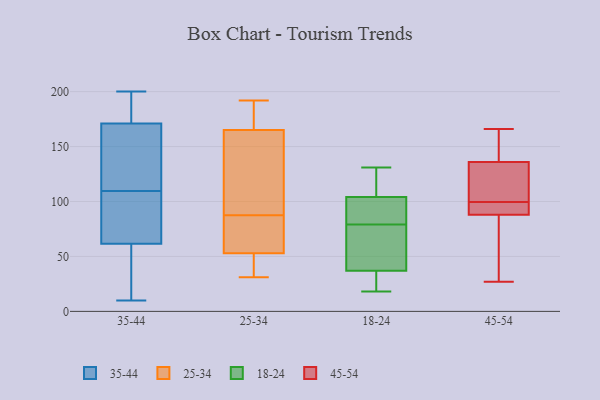
{"axis": {"x": "Churn Rate (%)", "y": "Value"}, "legend": ["18-24", "25-34", "35-44", "45-54"], "data": [{"x": "", "y": 190, "type": "35-44"}, {"x": "", "y": 145, "type": "35-44"}, {"x": "", "y": 89, "type": "35-44"}, {"x": "", "y": 21, "type": "35-44"}, {"x": "", "y": 173, "type": "35-44"}, {"x": "", "y": 169, "type": "35-44"}, {"x": "", "y": 122, "type": "35-44"}, {"x": "", "y": 200, "type": "35-44"}, {"x": "", "y": 23, "type": "35-44"}, {"x": "", "y": 150, "type": "35-44"}, {"x": "", "y": 60, "type": "35-44"}, {"x": "", "y": 15, "type": "35-44"}, {"x": "", "y": 63, "type": "35-44"}, {"x": "", "y": 97, "type": "35-44"}, {"x": "", "y": 183, "type": "35-44"}, {"x": "", "y": 10, "type": "35-44"}, {"x": "", "y": 147, "type": "35-44"}, {"x": "", "y": 187, "type": "35-44"}, {"x": "", "y": 93, "type": "35-44"}, {"x": "", "y": 88, "type": "35-44"}, {"x": "", "y": 165, "type": "25-34"}, {"x": "", "y": 37, "type": "25-34"}, {"x": "", "y": 73, "type": "25-34"}, {"x": "", "y": 69, "type": "25-34"}, {"x": "", "y": 48, "type": "25-34"}, {"x": "", "y": 83, "type": "25-34"}, {"x": "", "y": 121, "type": "25-34"}, {"x": "", "y": 192, "type": "25-34"}, {"x": "", "y": 53, "type": "25-34"}, {"x": "", "y": 92, "type": "25-34"}, {"x": "", "y": 179, "type": "25-34"}, {"x": "", "y": 179, "type": "25-34"}, {"x": "", "y": 110, "type": "25-34"}, {"x": "", "y": 31, "type": "25-34"}, {"x": "", "y": 83, "type": "18-24"}, {"x": "", "y": 104, "type": "18-24"}, {"x": "", "y": 35, "type": "18-24"}, {"x": "", "y": 126, "type": "18-24"}, {"x": "", "y": 98, "type": "18-24"}, {"x": "", "y": 51, "type": "18-24"}, {"x": "", "y": 48, "type": "18-24"}, {"x": "", "y": 18, "type": "18-24"}, {"x": "", "y": 35, "type": "18-24"}, {"x": "", "y": 75, "type": "18-24"}, {"x": "", "y": 131, "type": "18-24"}, {"x": "", "y": 37, "type": "18-24"}, {"x": "", "y": 126, "type": "18-24"}, {"x": "", "y": 89, "type": "18-24"}, {"x": "", "y": 40, "type": "45-54"}, {"x": "", "y": 103, "type": "45-54"}, {"x": "", "y": 166, "type": "45-54"}, {"x": "", "y": 27, "type": "45-54"}, {"x": "", "y": 88, "type": "45-54"}, {"x": "", "y": 143, "type": "45-54"}, {"x": "", "y": 96, "type": "45-54"}, {"x": "", "y": 112, "type": "45-54"}, {"x": "", "y": 88, "type": "45-54"}, {"x": "", "y": 136, "type": "45-54"}]}